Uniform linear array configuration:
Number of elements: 24
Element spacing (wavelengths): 0.25
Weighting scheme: blackman
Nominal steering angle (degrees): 30
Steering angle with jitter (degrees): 28.557
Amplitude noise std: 0.05
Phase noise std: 0.05

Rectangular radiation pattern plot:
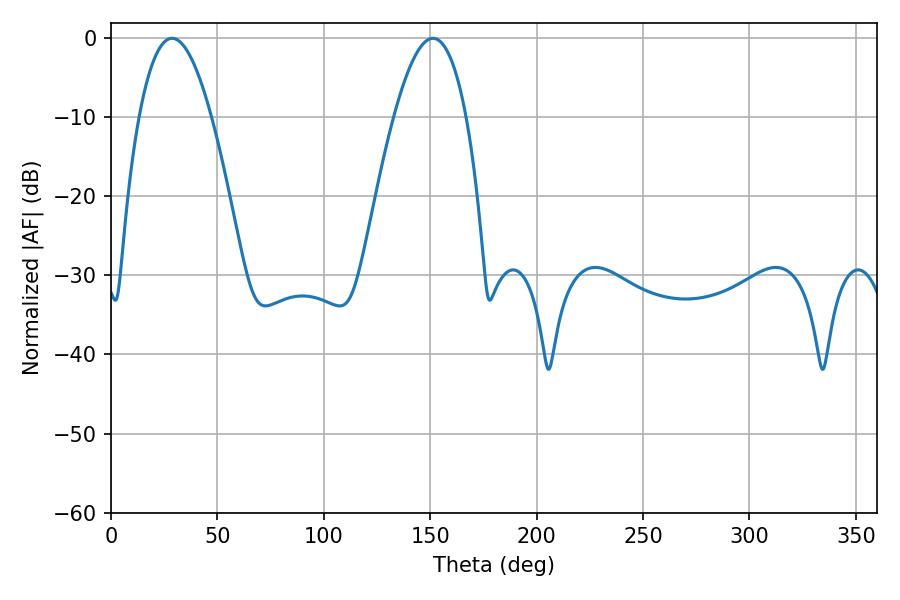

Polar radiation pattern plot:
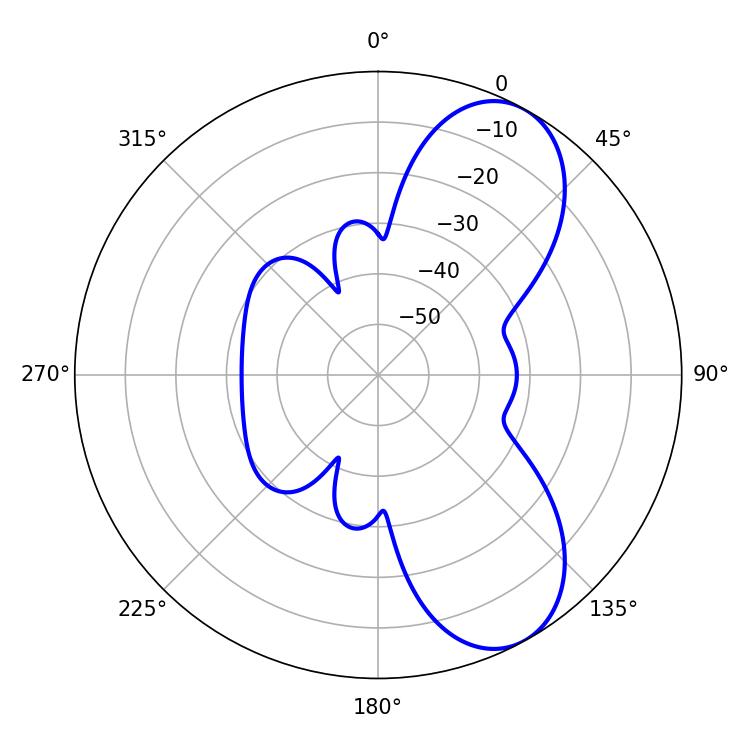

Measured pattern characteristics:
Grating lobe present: FALSE
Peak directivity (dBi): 7.683
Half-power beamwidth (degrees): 18.72
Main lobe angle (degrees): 28.62